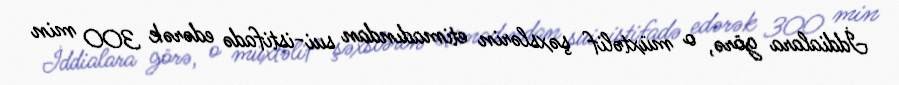
İddialara görə, o müxtəlif şəxslərin etimadından sui-istifadə edərək 300 min